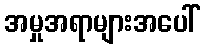
အမှုအရာများအပေါ်